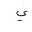
Letter: _ya